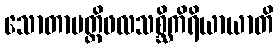
သောတာပတ္တိဖလသစ္ဆိကိရိယာယာတိ